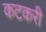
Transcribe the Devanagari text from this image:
कटकरी